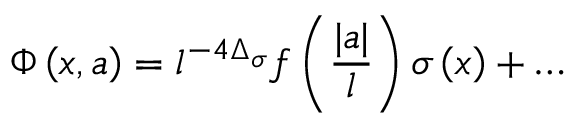
\Phi \left( x , a \right) = l ^ { - 4 \Delta _ { \sigma } } f \left( { \frac { | a | } { l } } \right) \sigma \left( x \right) + \ldots